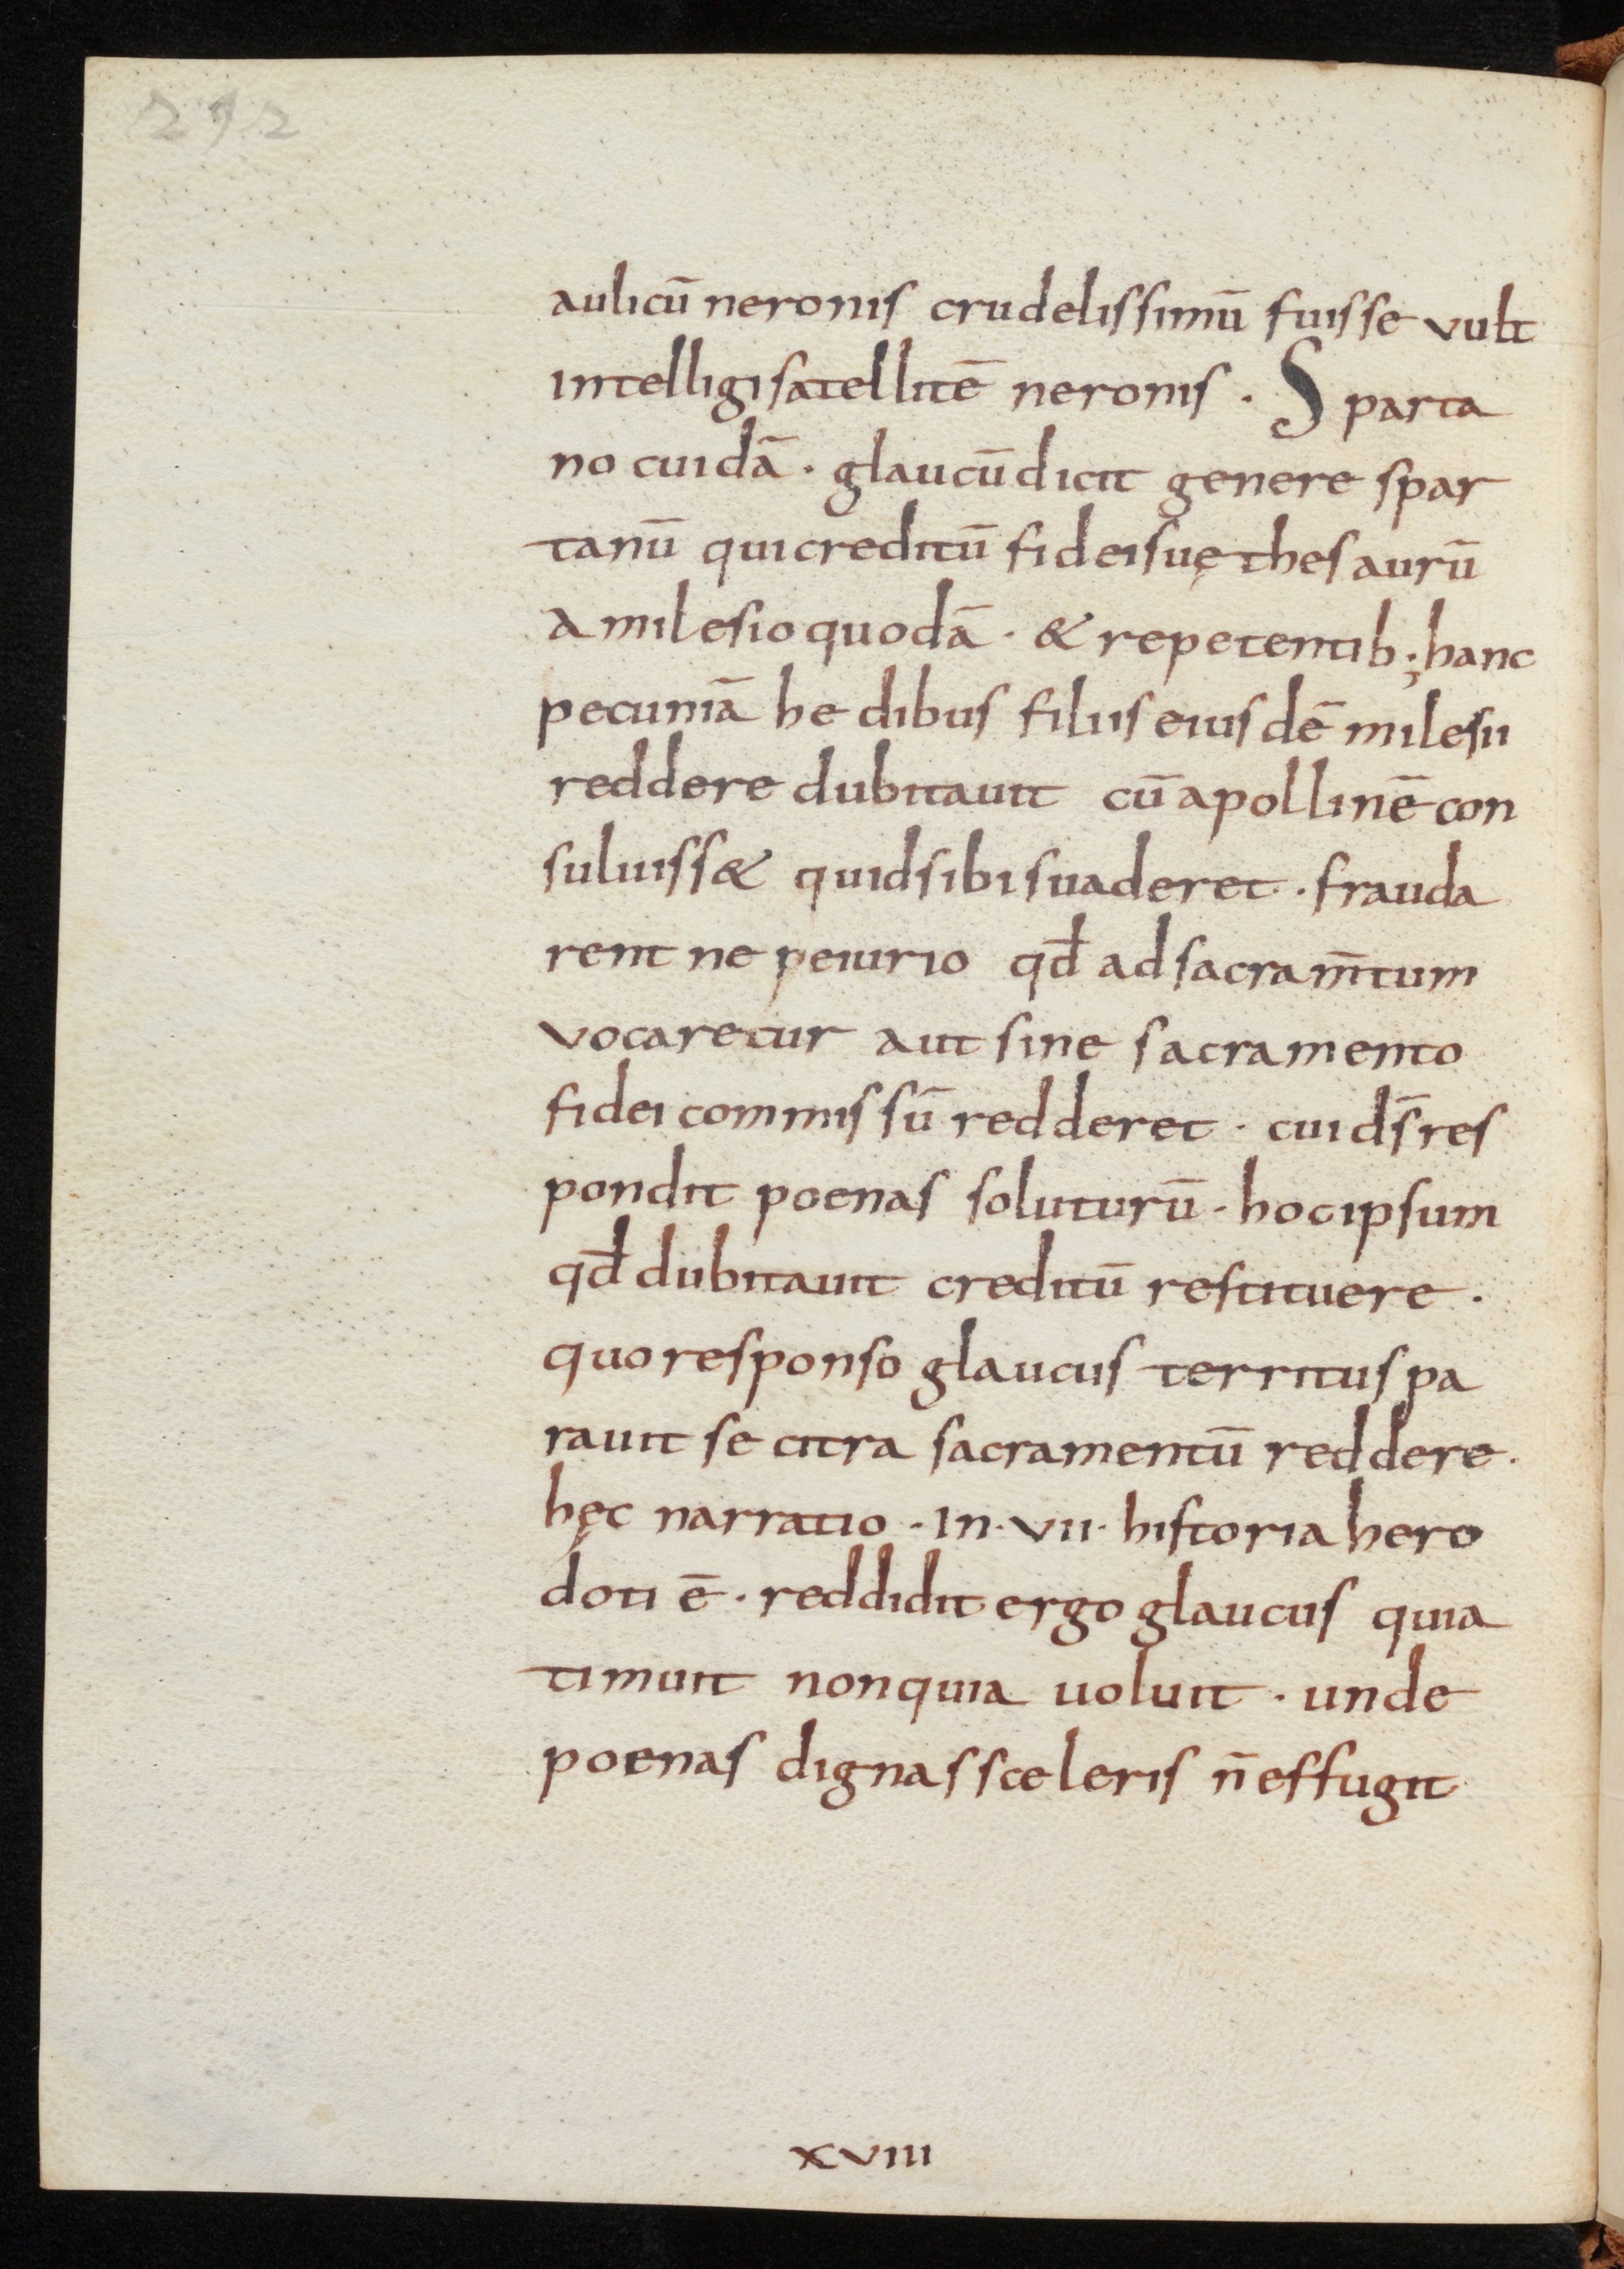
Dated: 800–899